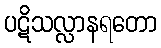
ပဋိသလ္လာနရတော